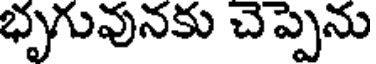
భృగువునకు చెప్పెను